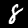
Label: 8